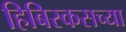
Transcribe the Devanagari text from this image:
हिबिस्कसच्या